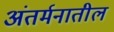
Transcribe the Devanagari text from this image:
अंतर्मनातील